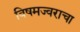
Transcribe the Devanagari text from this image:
विषमज्वराचा